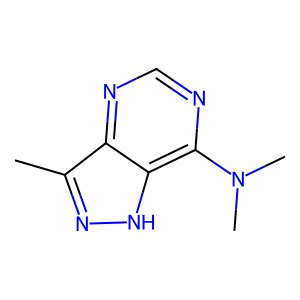
SMILES: Cc1n[nH]c2c(N(C)C)ncnc12
Inhibits HIV replication: No